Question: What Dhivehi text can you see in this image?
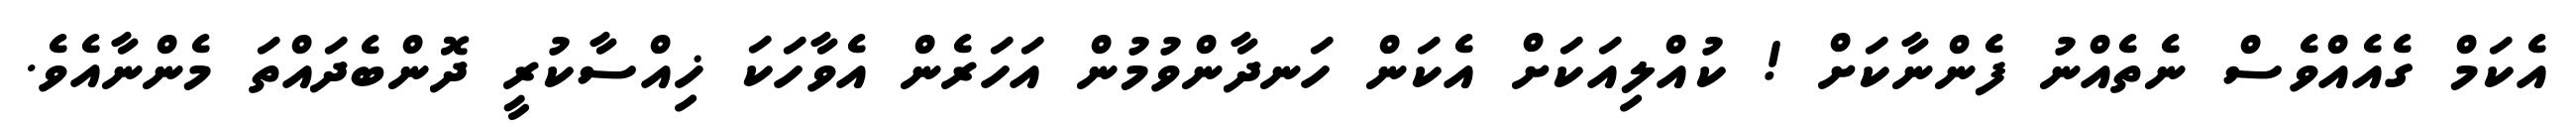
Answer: އެކަމް ގެއެއްވެސް ނެތެއްނު ފެންނާކަށް ! ކުއްލިއަކަށް އެކަން ހަނދާންވުމުން އަހަރެން އެވާހަކަ ޚިއްސާކުރީ ދޮންބެދައްތަ މެންނާއެވެ.